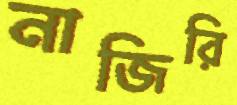
নাজিরি